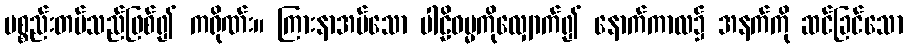
ပစ္စည်းတပ်သည်ဖြစ်၍ ကရိုဏ်း။ ကြားနာအပ်သော ပါဠိဓမ္မကိုလျှောက်၍ နောက်ကာလ၌ အနက်ကို ဆင်ခြင်သော